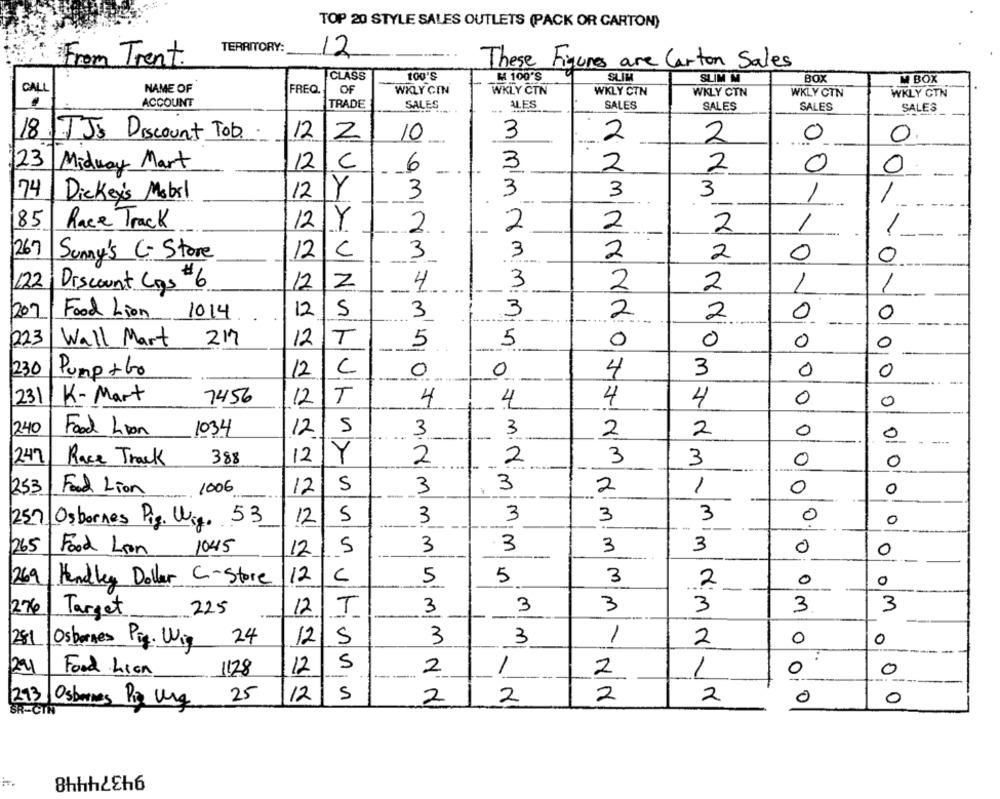
TOP 20 STYLE SALES OUTLETS (PACK OR CARTON)
TERRITORY:
12
From Trent.
These Figures are Carton Sales
CLASS
TO0'S
M4 100'S
SLIM
SLIM M
BOX
M BOX
NAME OF
CALL
FREQ.
OF
WKLY CIN
WKLY CTN
WKLY CTN
WKLY CTN
WKLY CTN
WKLY CTN
ACCOUNT
TRADE
ALES
SALES
SALES
SALES
SALES
SALES
18 TJS Discount Tob.
12
2
10
3
2
2
0
0.
123
Midway Mart
121
C
6
3
2
2
0
- .
0
--
3
3
74
Dickey's Mobil
12 Y
3
3
1
1
85
1
Race Track
12Y
2.
2
2
2
1
--
267
Sunny's C- Store
12
C
3
3
2
2
0
0
122
Discount Cas $6
12
2
4
3
2
2
1
1
12
S
3
3
2
1207
Food Lion 1014
2
0
0
023
Wall Mart
217
12
T
5
5
0
0
0
0
1230
Pump +60
12
C
0
0
4
3
0
0
231
K-Mart
7456
12
T
4
4
0
0
4
4
1240
Food Lion
1034
12
5
3
3
2
0
-
2
0
249
Race Track
388
12
Y
2
2
3
3
0
0
5
3
3
2
1
1253
Food Lion
1006
12
0
0
5
3
3
3
3
0
0
1257/ Osbornes Pig. Wig. 53
12
265
Food Lion
1045
12
5
3
3
3
3
0
0
269
Handley Dollar C-Store
12
C
5
5
3
2
0
0
3
3
276
Target
225
12
T
3
3
--
3
3
24
5
3
3
1
0
0
281
Osbornes Pig. Wig
12
2
124
Food Lion
1128
12
5
2
1
2
0
0
--
1
25
5
293 Osbornes Piz Ung
12
2
2
2
2
0
0
SR-CIN
94374448